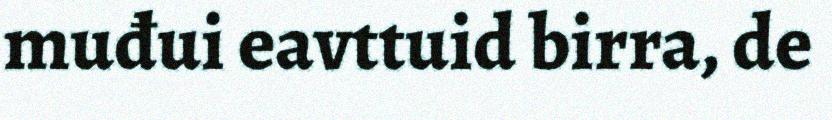
muđui eavttuid birra, de